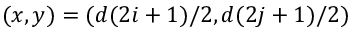
( x , y ) = ( d ( 2 i + 1 ) / 2 , d ( 2 j + 1 ) / 2 )